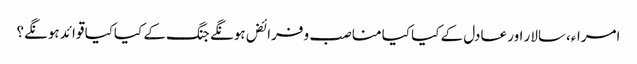
امراء،سالار اور عادل کے کیا کیا مناصب و فرائض ہونگے جنگ کے کیاکیا قوائد ہونگے؟